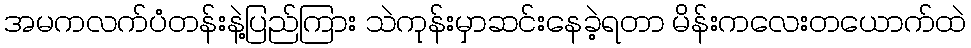
အမကလက်ပံတန်းနဲ့ပြည်ကြား သဲကုန်းမှာဆင်းနေခဲ့ရတာ မိန်းကလေးတယောက်ထဲ